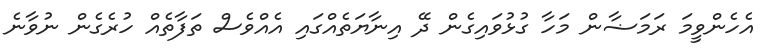
އެހެންވީމަ ރަމަޟާން މަހާ ގުޅުވައިގެން ދޭ އިނާޔަތެއްގައި އެއްވެސް ތަފާތެއް ހުރެގެން ނުވާނެ